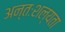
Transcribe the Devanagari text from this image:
अन्तःशल्यता